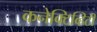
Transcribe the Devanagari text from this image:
कनेक्टिव्हिटी